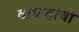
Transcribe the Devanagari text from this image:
वाघऱ्‍हांची